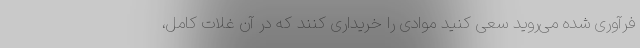
فرآوری شده می‌روید سعی کنید موادی را خریداری کنند که در آن غلات کامل،